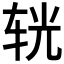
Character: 𨐈